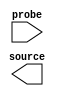
module issp (
		output wire [2:0]   source, // sources.source
		input  wire [351:0] probe   //  probes.probe
	);
endmodule